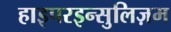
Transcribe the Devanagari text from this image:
हाइपरइन्सुलिज़म